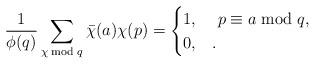
LaTeX: \begin{align*}\frac{1}{\phi(q)}\sum_{\chi \bmod q} \bar{\chi}(a)\chi(p)=\begin{cases}1, & ~p\equiv a \bmod q,\\0, & .\end{cases}\end{align*}